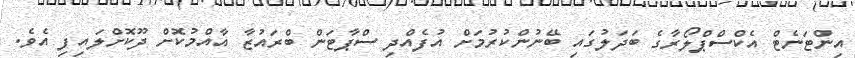
އިންޓަނެޓް އެކްސްޕްލޯރާގެ ބަދަލުގައި ބޭނުންކުރުމަށް އުފެއްދި ސްޕާޓަން ބްރައުޒާ އާއްމުކޮށް ދޫކޮށްލައިފި އެވެ.